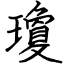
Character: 瓊